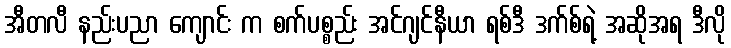
အီတလီ နည်းပညာ ကျောင်း က စက်ပစ္စည်း အင်ဂျင်နီယာ ရစ်ဒီ ဒက်စ်ရဲ့ အဆိုအရ ဒီလို